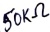
Text: 50KΩ